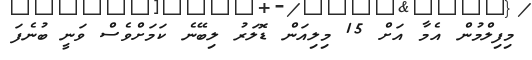
މިފިލްމުން އެމާ އަށް 15 މިލިއަން ޑޮލަރު ލިބޭނެ ކަމަށްވެސް ވަނީ ބުނެފަ